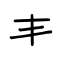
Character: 丰